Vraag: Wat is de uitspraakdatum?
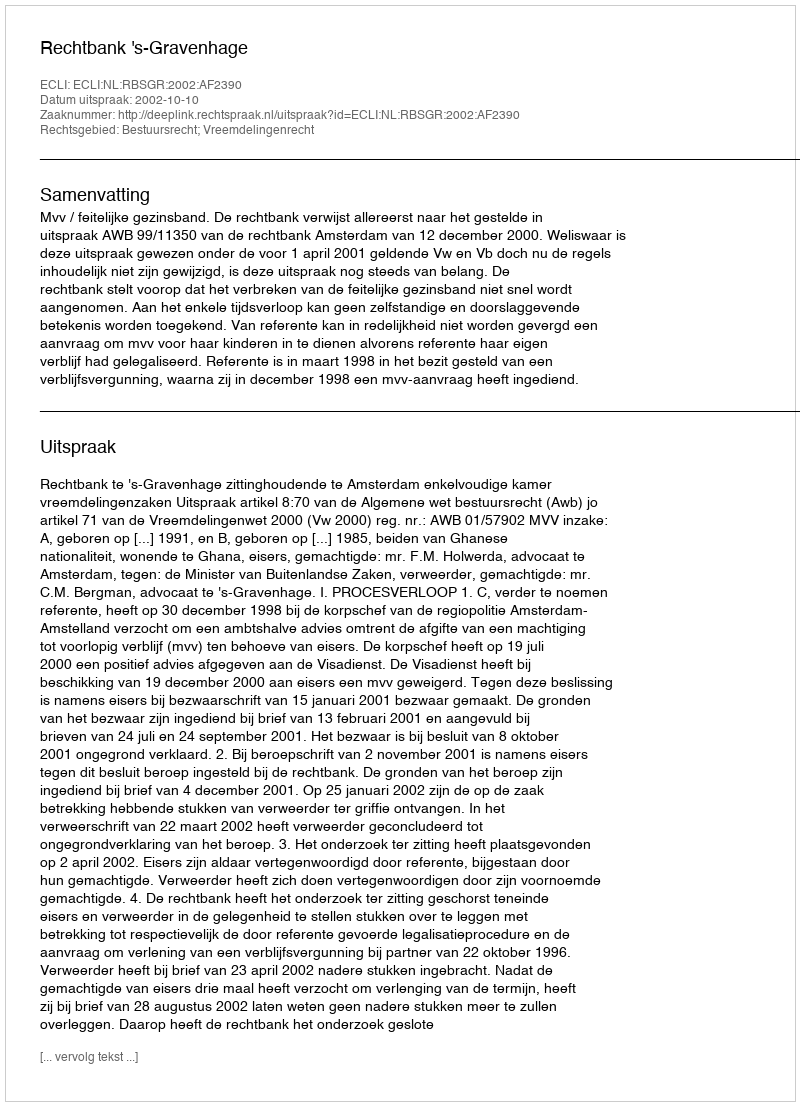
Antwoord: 2002-10-10